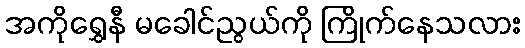
အကိုရွှေနီ မခေါင်ညွယ်ကို ကြိုက်နေသလား